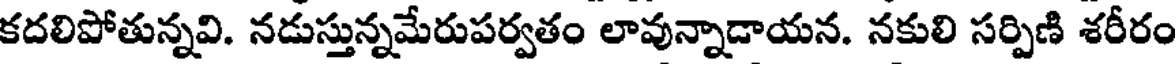
కదలిపోతున్నవి. నడుస్తున్నమేరుపర్వతం లావున్నాడాయన. నకులి సర్పిణి శరీరం